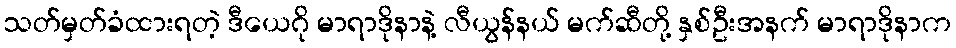
သတ်မှတ်ခံထားရတဲ့ ဒီယေဂို မာရာဒိုနာနဲ့ လီယွန်နယ် မက်ဆီတို့ နှစ်ဦးအနက် မာရာဒိုနာက